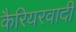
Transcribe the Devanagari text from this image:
कैरियरवादी